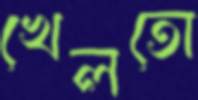
খেলতো